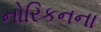
નોરિકનના